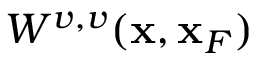
W ^ { v , v } ( { \bf x } , { \bf x } _ { F } )